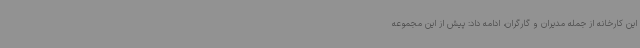
این کارخانه از جمله مدیران و گارگران، ادامه داد: پیش از این مجموعه